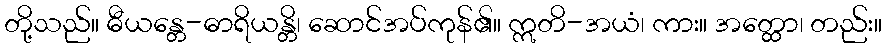
တို့သည်။ ဓီယန္တေ-ဓာရိယန္တိ၊ ဆောင်အပ်ကုန်၏။ ဣတိ-အယံ၊ ကား။ အတ္ထော၊ တည်း။